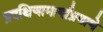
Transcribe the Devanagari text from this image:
प्रदक्षिणामार्गाप्रमाणे